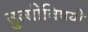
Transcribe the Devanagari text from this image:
तुत्‍सींविषयी